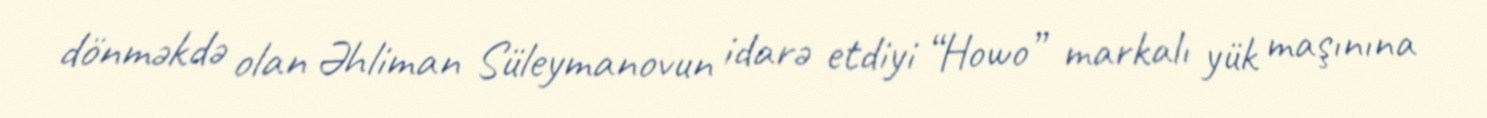
dönməkdə olan Əhliman Süleymanovun idarə etdiyi “Howo” markalı yük maşınına